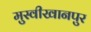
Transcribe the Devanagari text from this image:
मुस्वीखानपुर